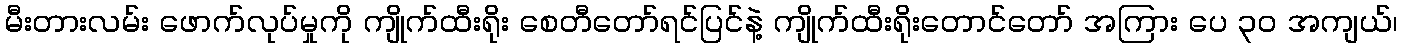
မီးတားလမ်း ဖောက်လုပ်မှုကို ကျိုက်ထီးရိုး စေတီတော်ရင်ပြင်နဲ့ ကျိုက်ထီးရိုးတောင်တော် အကြား ပေ ၃၀ အကျယ်၊